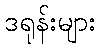
ဒရုန်းများ